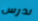
ندرس